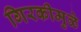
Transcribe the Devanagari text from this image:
गिरकीमुळे